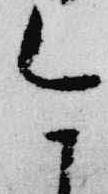
今